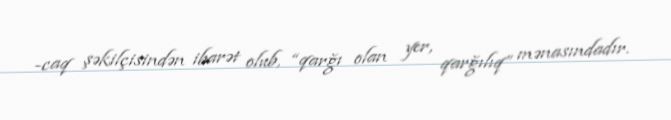
-caq şəkilçisindən ibarət olub, “qarğı olan yer, qarğılıq” mənasındadır.